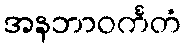
အနဘာဝင်္ကတံ